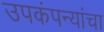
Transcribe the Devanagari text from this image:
उपकंपन्यांचा